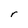
Character: r